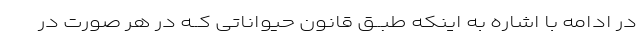
در ادامه با اشاره به اینکه طبــق قانون حیواناتى کــه در هر صورت در